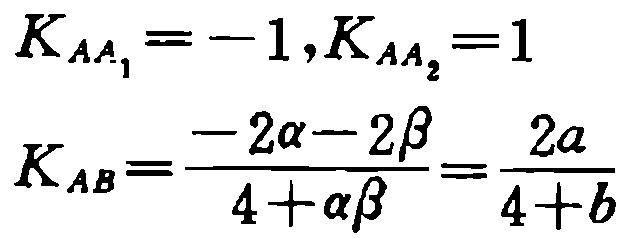
\[
\begin{align*}
K_{AA_1}&=-1,K_{AA_2}=1\\
K_{AB}&=\frac{-2\alpha - 2\beta}{4+\alpha\beta}=\frac{2a}{4 + b}
\end{align*}
\]